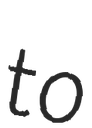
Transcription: to